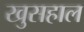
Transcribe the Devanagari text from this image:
खुसहाल